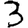
Digit: 3